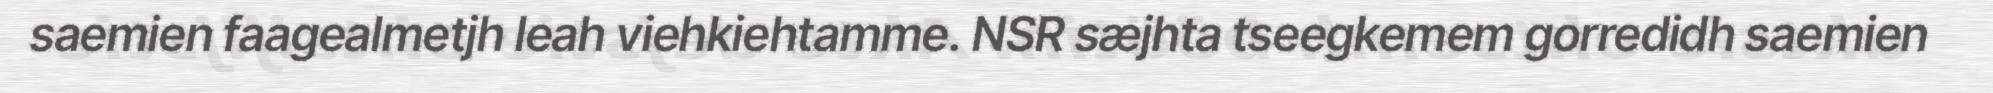
saemien faagealmetjh leah viehkiehtamme. NSR sæjhta tseegkemem gorredidh saemien